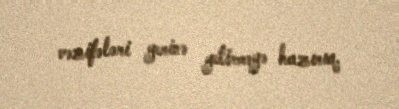
vəzifələri yerinə yetirməyə hazırıq.